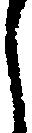
う